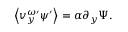
\left\langle v _ { y } ^ { \omega \prime } \psi ^ { \prime } \right\rangle = \alpha \partial _ { y } \Psi .